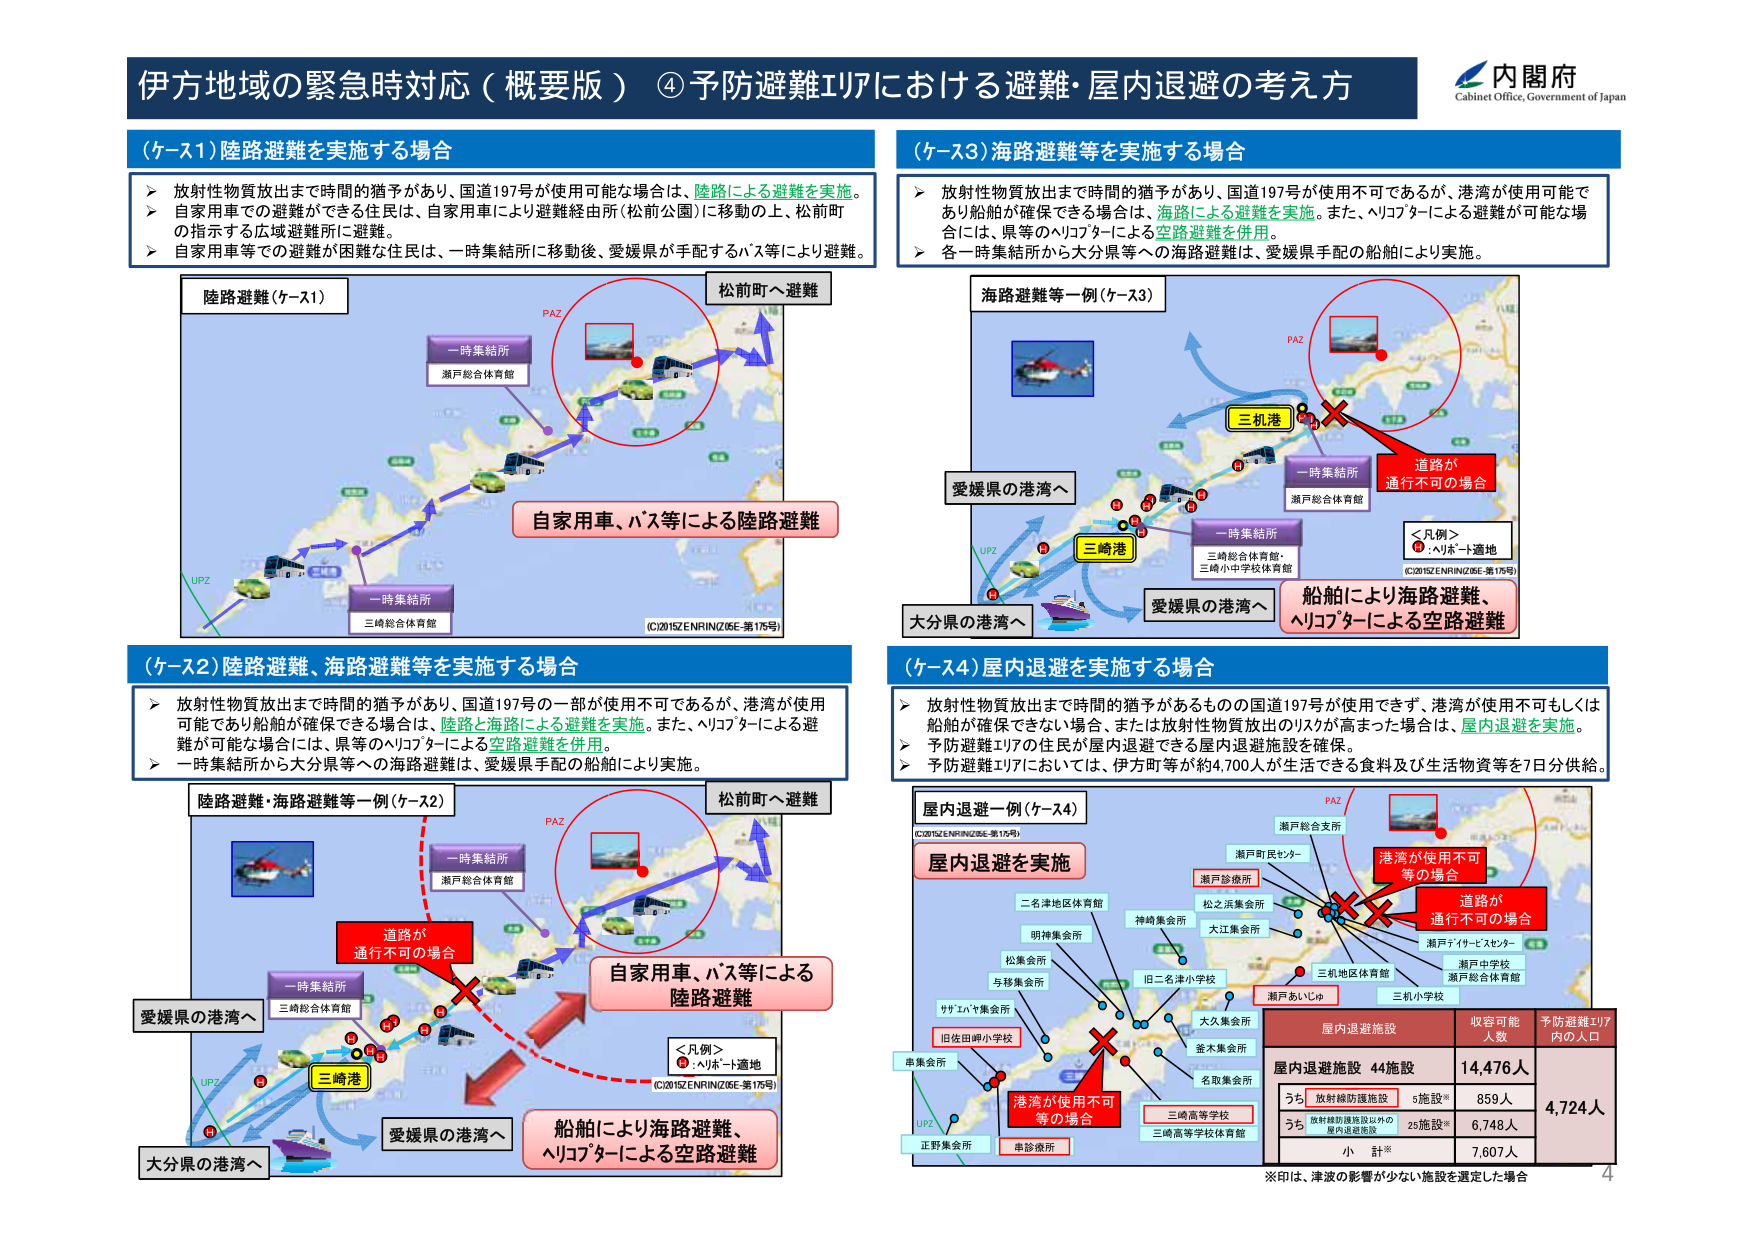
伊方地域の緊急時対応（概要版）④予防避難エリアにおける避難・屋内退避の考え方

内閣府
Cabinet Office, Government of Japan

（ケース1）陸路避難を実施する場合
▶ 放射性物質放出まで時間的猶予があり、国道197号が使用可能な場合は、陸路による避難を実施。
▶ 自家用車での避難ができる住民は、自家用車により避難経由所（松前公園）に移動の上、松前町の指示する広域避難所に避難。
▶ 自家用車等での避難が困難な住民は、一時集結所に移動後、愛媛県が手配するバス等により避難。

陸路避難（ケース1）
一時集結所
瀬戸総合体育館
自家用車、バス等による陸路避難
松前町へ避難
PAZ
UPZ
三崎総合体育館
一時集結所
(C2015ZENRINZ06E-第175号)

（ケース3）海路避難等を実施する場合
▶ 放射性物質放出まで時間的猶予があり、国道197号が使用不可であるが、港湾が使用可能であり船舶が確保できる場合は、海路による避難を実施。また、ヘリコプターによる避難が可能な場合には、県等のヘリコプターによる空路避難を併用。
▶ 各一時集結所から大分県等への海路避難は、愛媛県手配の船舶により実施。

海路避難等一例（ケース3）
三机港
一時集結所
瀬戸総合体育館
愛媛県の港湾へ
大分県の港湾へ
三崎港
愛媛県の港湾へ
船舶により海路避難、
ヘリコプターによる空路避難
道路が
通行不可の場合
PAZ
＜凡例＞
●：ヘリポート適地
(C2015ZENRINZ06E-第175号)

（ケース2）陸路避難、海路避難等を実施する場合
▶ 放射性物質放出まで時間的猶予があり、国道197号の一部が使用不可であるが、港湾が使用可能であり船舶が確保できる場合は、陸路と海路による避難を実施。また、ヘリコプターによる避難が可能な場合には、県等のヘリコプターによる空路避難を併用。
▶ 一時集結所から大分県等への海路避難は、愛媛県手配の船舶により実施。

陸路避難・海路避難等一例（ケース2）
一時集結所
瀬戸総合体育館
自家用車、バス等による
陸路避難
松前町へ避難
PAZ
UPZ
三崎総合体育館
一時集結所
道路が
通行不可の場合
愛媛県の港湾へ
三崎港
愛媛県の港湾へ
大分県の港湾へ
船舶により海路避難、
ヘリコプターによる空路避難
＜凡例＞
●：ヘリポート適地
(C2015ZENRINZ06E-第175号)

（ケース4）屋内退避を実施する場合
▶ 放射性物質放出まで時間的猶予があるものの国道197号が使用できず、港湾が使用不可もしくは船舶が確保できない場合、または放射性物質放出のリスクが高まった場合は、屋内退避を実施。
▶ 予防避難エリアの住民が屋内退避できる屋内退避施設を確保。
▶ 予防避難エリアにおいては、伊方町等が約4,700人が生活できる食料及び生活物資等を7日分供給。

屋内退避一例（ケース4）
屋内退避を実施
(C2015ZENRINZ06E-第175号)
PAZ
瀬戸総合支所
瀬戸市民センター
瀬戸診療所
松之浜集会所
大江集会所
神崎集会所
明神集会所
二名津地区体育館
旧二名津小学校
三机地区体育館
瀬戸アイービスセンター
瀬戸中学校
瀬戸総合体育館
三机小学校
瀬戸あいじゅ
松集会所
与移集会所
サザエバヤ集会所
旧佐田岬小学校
串集会所
正野集会所
大久集会所
釜木集会所
名取集会所
三崎高等学校
三崎高等学校体育館
串診療所
港湾が使用不可
等の場合
道路が
通行不可の場合
港湾が使用不可
等の場合
屋内退避施設
収容可能
人数
予防避難エリア
内の人口
屋内退避施設 44施設
14,476人
うち 放射線防護施設 5施設※
859人
うち 放射線防護施設以外の屋内退避施設 25施設※
6,748人
小 計※
7,607人
4,724人
※印は、津波の影響が少ない施設を選定した場合

4